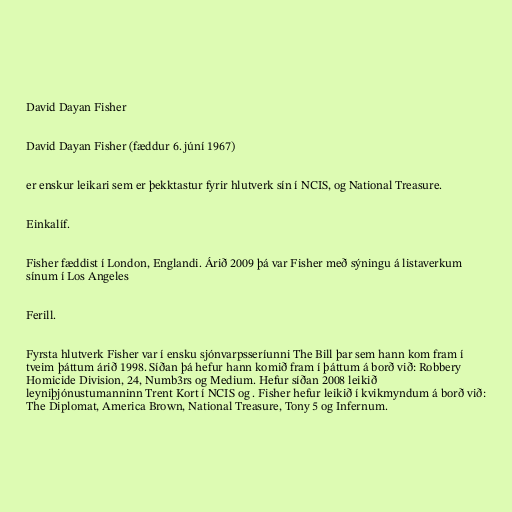
David Dayan Fisher

David Dayan Fisher (fæddur 6. júní 1967)

er enskur leikari sem er þekktastur fyrir hlutverk sín í NCIS, og National Treasure.

Einkalíf.

Fisher fæddist í London, Englandi. Árið 2009 þá var Fisher með sýningu á listaverkum
sínum í Los Angeles

Ferill.

Fyrsta hlutverk Fisher var í ensku sjónvarpsseríunni The Bill þar sem hann kom fram í
tveim þáttum árið 1998. Síðan þá hefur hann komið fram í þáttum á borð við: Robbery
Homicide Division, 24, Numb3rs og Medium. Hefur síðan 2008 leikið
leyniþjónustumanninn Trent Kort í NCIS og . Fisher hefur leikið í kvikmyndum á borð við:
The Diplomat, America Brown, National Treasure, Tony 5 og Infernum.